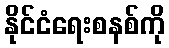
နိုင်ငံရေးစနစ်ကို